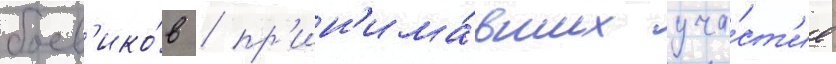
боев'ико́в / пр'ин'има́вших уча́ст'ие